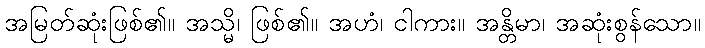
အမြတ်ဆုံးဖြစ်၏။ အသ္မိ၊ ဖြစ်၏။ အဟံ၊ ငါကား။ အန္တိမာ၊ အဆုံးစွန်သော။